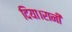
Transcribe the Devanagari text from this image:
दिया।रानी